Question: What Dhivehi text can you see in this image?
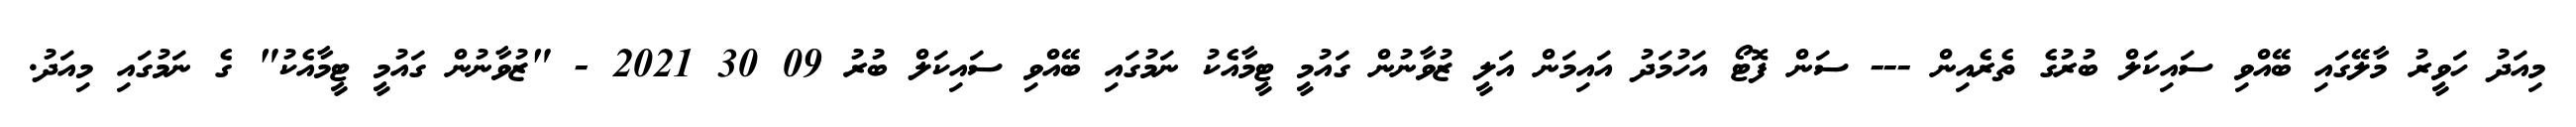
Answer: މިއަދު ހަވީރު މާލޭގައި ބޭއްވި ސައިކަލް ބުރުގެ ތެރެއިން --- ސަން ފޮޓޯ އަހުމަދު އައިމަން އަލީ ޒުވާނުން ގައުމީ ޓީމާއެކު ނަމުގައި ބޭއްވި ސައިކަލް ބުރު 09 30 2021 - "ޒުވާނުން ގައުމީ ޓީމާއެކު" ގެ ނަމުގައި މިއަދު.